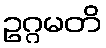
ဥဂ္ဂမတိ